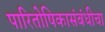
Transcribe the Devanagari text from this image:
पारितोषिकासंबंधीचा